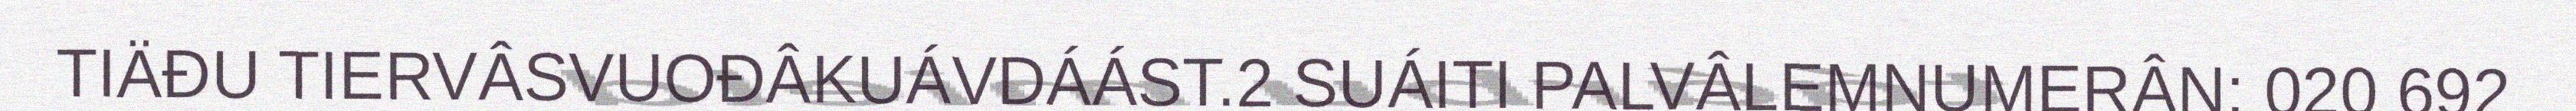
TIÄĐU TIERVÂSVUOĐÂKUÁVDÁÁST.2 SUÁITI PALVÂLEMNUMERÂN: 020 692